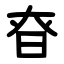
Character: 昚